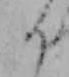
り